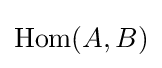
{\text{Hom}}(A,B)